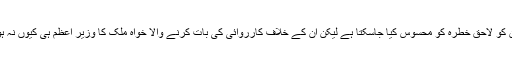
ان سب سے ملک کے امن امان کو لاحق خطرہ کو محسوس کیا جاسکتا ہے لیکن ان کے خلاف کارروائی کی بات کرنے والا خواہ ملک کا وزیر اعظم ہی کیوں نہ ہو، اسے چین نصیب نہیں ہو تا۔